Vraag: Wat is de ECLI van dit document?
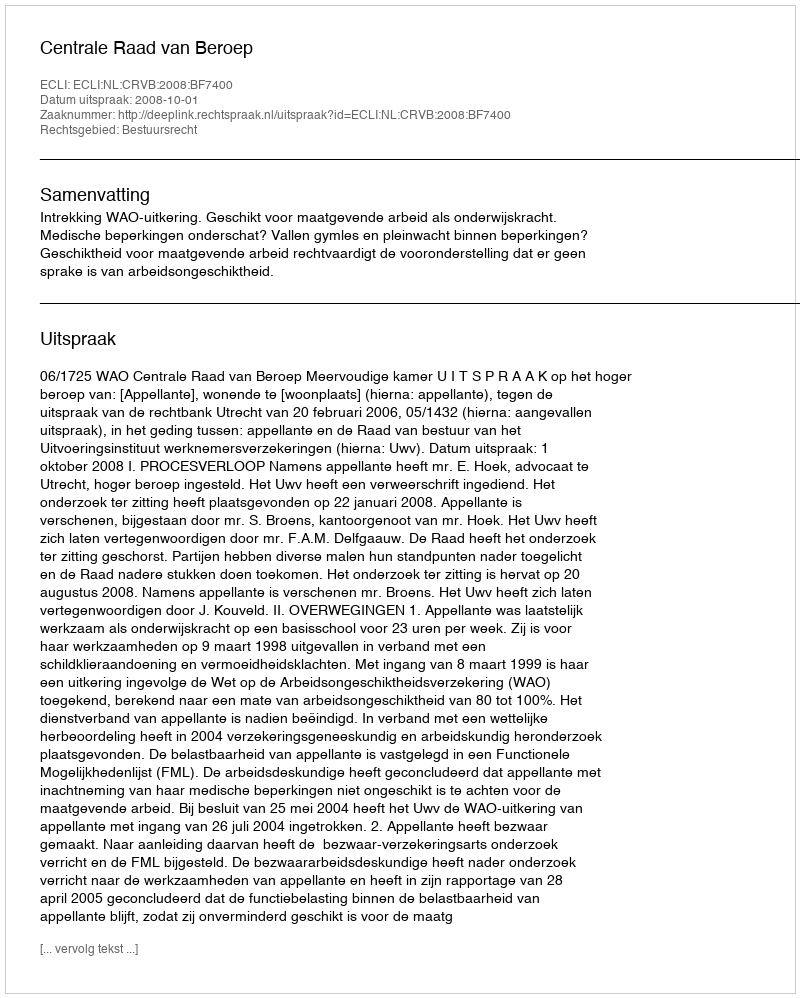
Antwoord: ECLI:NL:CRVB:2008:BF7400